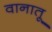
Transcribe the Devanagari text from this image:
वानातू